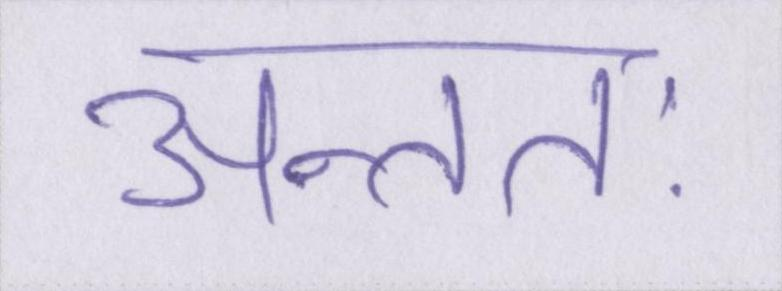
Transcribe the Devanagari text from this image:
अन्ततः